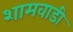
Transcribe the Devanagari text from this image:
शामवाडी